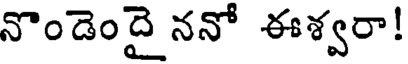
నొండెందై ననో ఈశ్వరా!